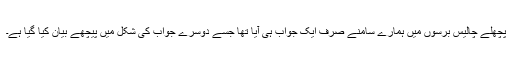
پچھلے چالیس برسوں میں ہمارے سامنے صرف ایک جواب ہی آیا تھا جسے دوسرے جواب کی شکل میں پیچھے بیان کیا گیا ہے۔